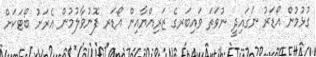
ގުޅުމުން އޯޑަރު ނަގައިދީ ނުވަތަ ވައިބަރގެ ޒަރިއްޔާއިން އޯޑަރ ފޮނުވާލުމުން އެރަށު ބޯޓަކަށް